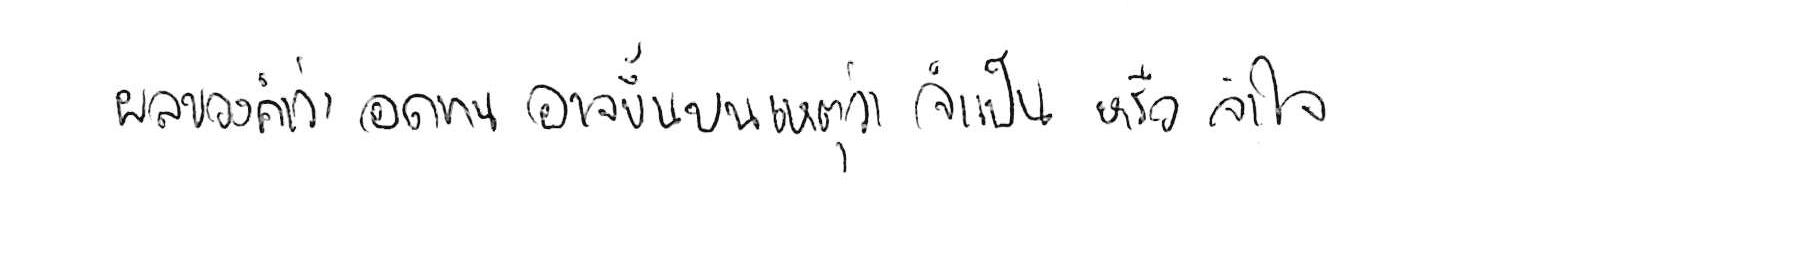
ผลของคำว่า อดทน อาจขึ้นอยู่บนเหตุผลว่า จำเป็น หรือ จำใจ